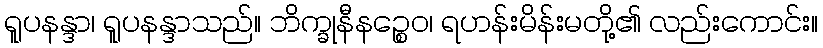
ရူပနန္ဒာ၊ ရူပနန္ဒာသည်။ ဘိက္ခုနီနဉ္စေဝ၊ ရဟန်းမိန်းမတို့၏ လည်းကောင်း။